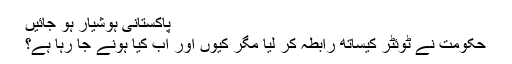
پاکستانی ہوشیار ہو جائیں
حکومت نے ٹوئٹر کیساتھ رابطہ کر لیا مگر کیوں اور اب کیا ہونے جا رہا ہے؟